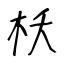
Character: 枖